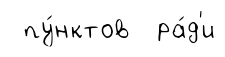
пу́нктов ра́д'и